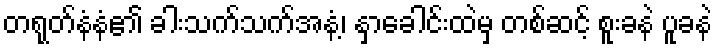
တရုတ်နံနံ၏ ခါးသက်သက်အနံ့၊ နှာခေါင်းထဲမှ တစ်ဆင့် စူးခနဲ ပူခနဲ